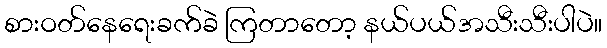
စားဝတ်နေရေးခက်ခဲ ကြတာတော့ နယ်ပယ်အသီးသီးပါပဲ။